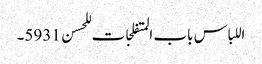
اللباس باب المتفلجات للحسن 5931۔